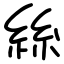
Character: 絲